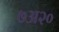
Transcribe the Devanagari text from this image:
७अ२०